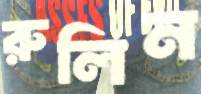
রুলিন